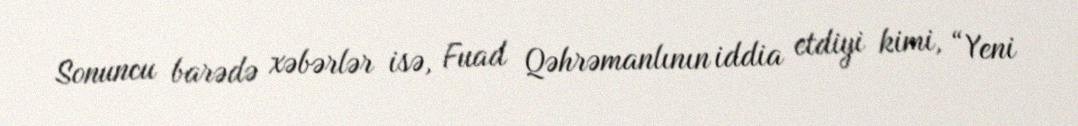
Sonuncu barədə xəbərlər isə, Fuad Qəhrəmanlının iddia etdiyi kimi, “Yeni